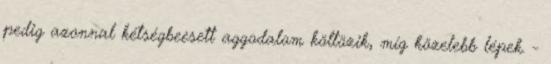
pedig azonnal kétségbeesett aggodalom költözik, míg közelebb lépek. -